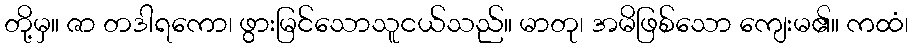
တို့မှ။ ဇာ တဒါရကော၊ ဖွားမြင်သောသူငယ်သည်။ မာတု၊ အမိဖြစ်သော ကျေးမ၏။ ကထံ၊